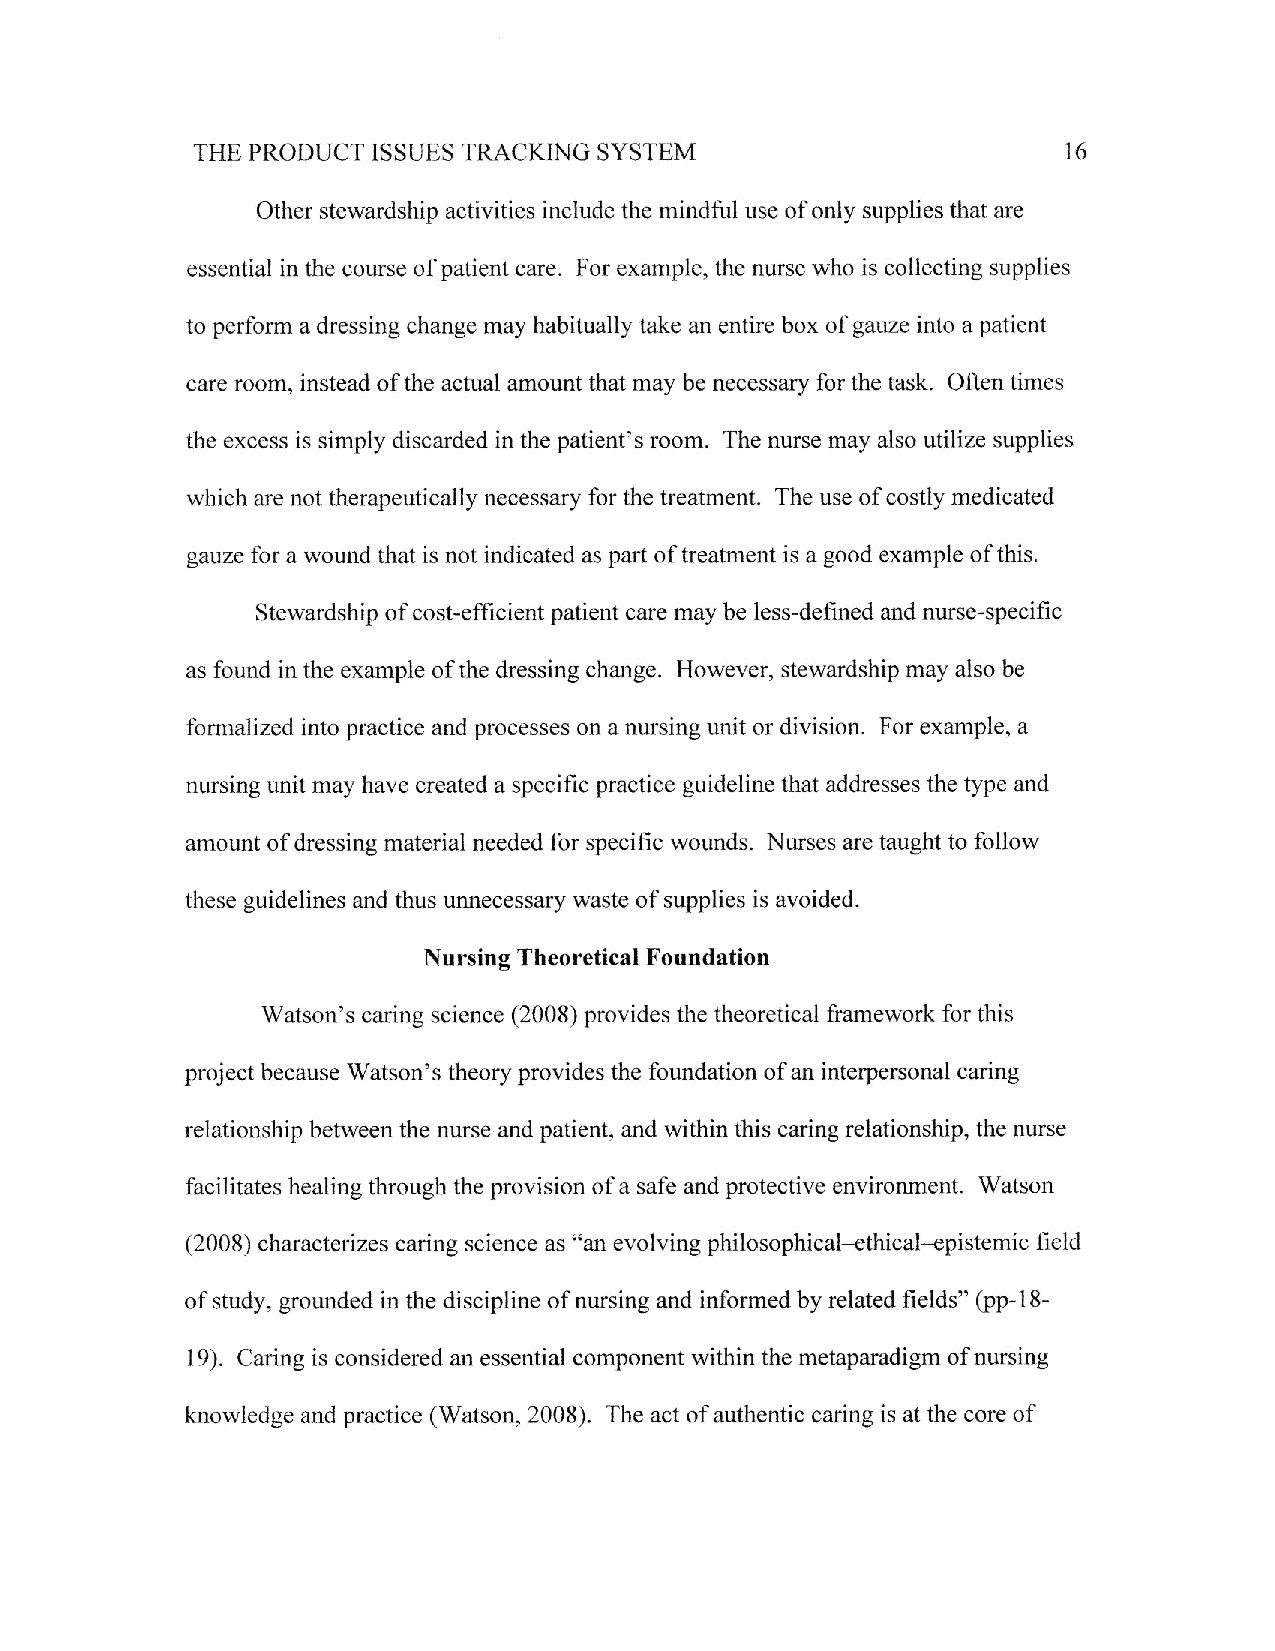
SYSTEM
 THE PRODUCT ISSUES TRACKING                               16
 Other stewardship activities include the mindful use of only supplies that are
 essential in the course of patient care. For example, the nurse who is collecting supplies
 to perform a dressing change may habitually take an entire box of gauze into a patient
 care room, instead of the actual amount that may be necessary for the task. Often times
 the excess is simply discarded in the patient's room. The nurse may also utilize supplies
 which are not therapeutically necessary for the treatment. The use of costly medicated
 gauze for a wound that is not indicated as part of treatment is a good example of this,
 Stewardship of cost-efficient patient care may be less-defined and nurse-specific
 as found in the example of the dressing change. However, stewardship may also be
 formalized into practice and processes on a nursing unit or division. For example, a
 nursing unit may have created a specific practice guideline that addresses the type and
 amount of dressing material needed for specific wounds. Nurses are taught to follow
 these guidelines and thus unnecessary waste of supplies is avoided.
 Nursing Theoretical Foundation
 Watson's caring science (2008) provides the theoretical framework for this
 project because Watson's theory provides the foundation of an interpersonal caring
 relationship befween the nurse and patient, and within this caring relationship, the nurse
 facilitates healing through the provision of a safe and protective environment. Watson
 o'ar
 (2008) characterizes caring science as evolving philosophical-ethical-epistemic field
 of study, grounded in the discipline of nursing and informedby related fields" (pp-18-
 19). Caring is considered an essential component within the metaparadigm of nursing
 knowledge and practice (Watson, 2008). The act of authentic caring is at the core of